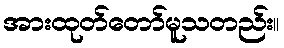
အားထုတ်တော်မူသတည်း။